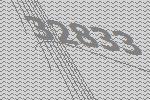
32833